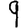
Digit: 9